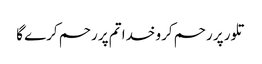
تلور پر رحم کرو خدا تم پر رحم کرے گا